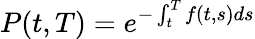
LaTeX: P(t,T)=e^{-\int_{t}^{T}f(t,s)ds}